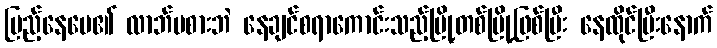
ပြည့်နေပေ၏ လာဘ်မစားဘဲ နေချင်စရာကောင်းသည့်မြို့တစ်မြို့ဖြစ်ပြီး နေထိုင်ပြီးနောက်